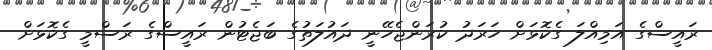
ރައީސްގެ އަމިއްލަ ގެކޮޅަށް ހަރަދު ކުރަންޖެހޭނީ ދައުލަތުގެ ބަޖެޓުން ރައީސްގެ ރަސްމީ ގެކޮޅަށް